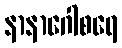
နာနာဂေါစရေ